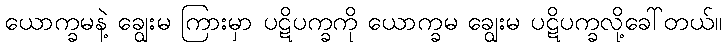
ယောက္ခမနဲ့ ချွေးမ ကြားမှာ ပဋိပက္ခကို ယောက္ခမ ချွေးမ ပဋိပက္ခလို့ခေါ်တယ်။